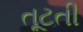
તૂટતી